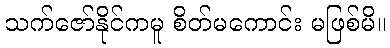
သက်ဇော်နိုင်ကမူ စိတ်မကောင်း မဖြစ်မိ။